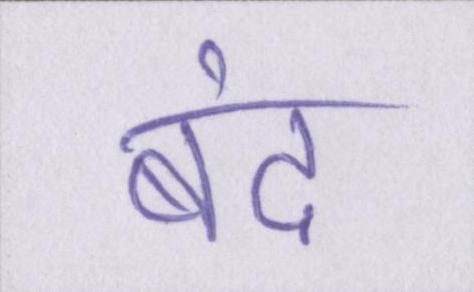
बंद